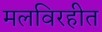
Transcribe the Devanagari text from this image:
मलविरहीत